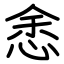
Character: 悆